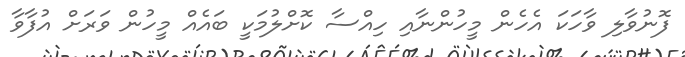
ފޮނުވާލި ވާހަކަ އެހެން މީހުންނާއި ހިއްސާ ކޮށްލުމަކީ ބައެއް މީހުން ވަރަށް އުފާވާ